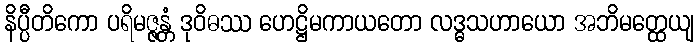
နိပ္ပီတိကော ပရိမဇ္ဇန္တံ ဒုဝိဓဿ ဟေဋ္ဌိမကာယတော လဒ္ဓသဟာယော အဘိမတ္ထေယျ